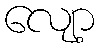
လျော့